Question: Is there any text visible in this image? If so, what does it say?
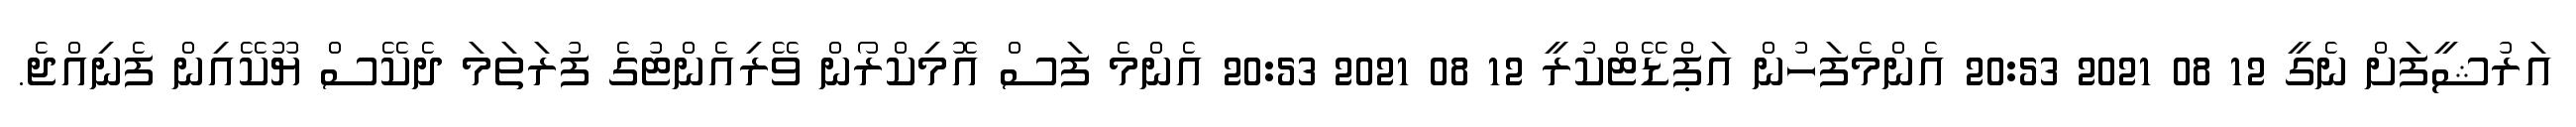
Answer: އަރުޝީފަށް ނެގީ 12 08 2021 20:53 އެންމެފަހުން އަޕްޑޭޓްކުރީ 12 08 2021 20:53 އެންމެ ފަސް އޮމިކްރޯން ވޭރިއެންޓުގެ ފުރަތަމަ ދެކޭސް ޔޫކޭއިން ފެނިއްޖެ.